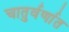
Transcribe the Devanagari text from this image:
चातुर्वर्णात